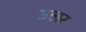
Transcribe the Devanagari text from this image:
उलर